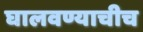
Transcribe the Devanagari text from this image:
घालवण्याचीच